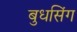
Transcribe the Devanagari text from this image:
बुधसिंग